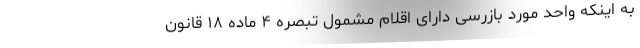
به اینکه واحد مورد بازرسی دارای اقلام مشمول تبصره ۴ ماده ۱۸ قانون